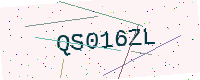
Text: QS016ZL